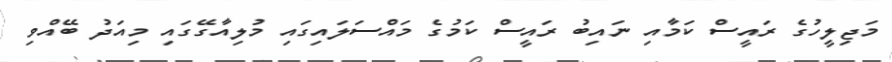
މަޖިލީހުގެ ރައީސް ކަމާއި ނައިބު ރައީސް ކަމުގެ މައްސަލައިގައި މުލިއާގޭގައި މިއަދު ބޭއްވި